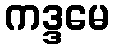
ကဒ္ဒမေ